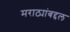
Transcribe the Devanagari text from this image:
मराठ्यांबद्दल